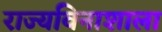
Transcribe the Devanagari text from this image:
राज्यविनाशाला